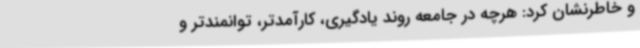
و خاطرنشان کرد: هرچه در جامعه روند یادگیری، کارآمدتر، توانمندتر و